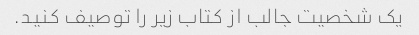
یک شخصیت جالب از کتاب زیر را توصیف کنید.